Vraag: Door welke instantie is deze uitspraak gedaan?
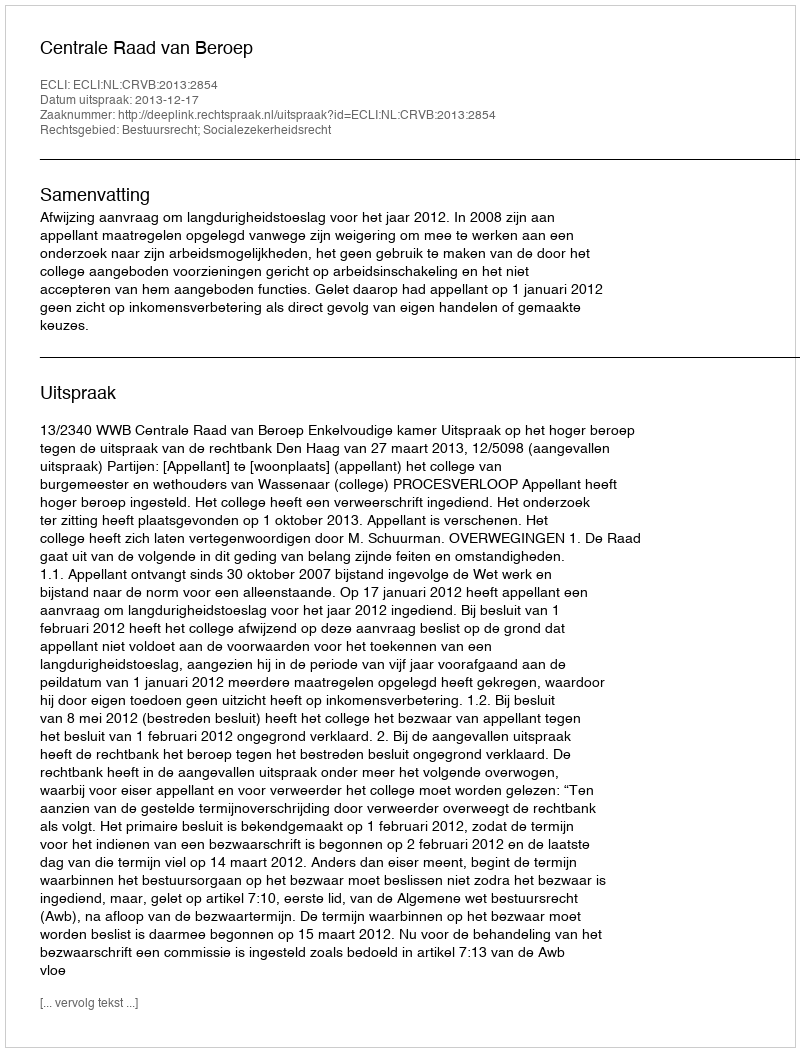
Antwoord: Centrale Raad van Beroep